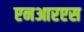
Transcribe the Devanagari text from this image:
एनआरएस